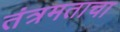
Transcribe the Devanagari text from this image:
तंत्रमताचा